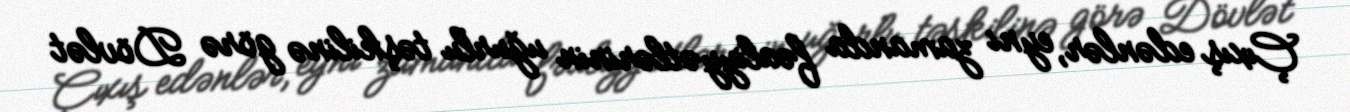
Çıxış edənlər, eyni zamanda fəaliyyətlərinin uğurlu təşkilinə görə Dövlət